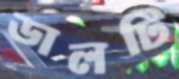
ডালটি